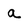
Character: a